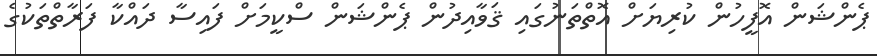
ޕެންޝަން އޮފީހުން ކުރިޔަށް އޮތްތަނުގައި ޤަވާއިދުން ޕެންޝަން ސްކީމަށް ފައިސާ ދައްކާ ފަރާތްތަކުގެ